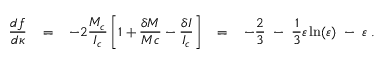
\frac { d f } { d \kappa } \; \; \; = \; \; \; - 2 \frac { M _ { c } } { I _ { c } } \left[ 1 + \frac { \delta M } { M c } - \frac { \delta I } { I _ { c } } \right] \; \; \; = \; \; \; - \frac { 2 } { 3 } \; - \; \frac { 1 } { 3 } \varepsilon \ln ( \varepsilon ) \; - \; \varepsilon \; .